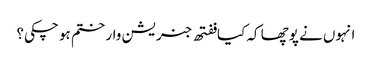
انہوں نے پوچھا کہ کیا ففتھ جنریشن وار ختم ہو چکی؟